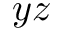
y z